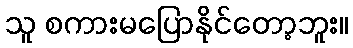
သူ စကားမပြောနိုင်တော့ဘူး။